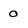
Character: o